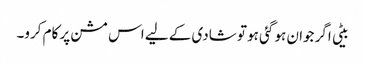
بیٹی اگر جوان ہو گئی ہو تو شادی کے لیے اس مشن پر کام کرو۔